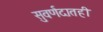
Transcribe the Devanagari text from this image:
सुवर्णदातही